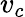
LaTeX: v_{c}